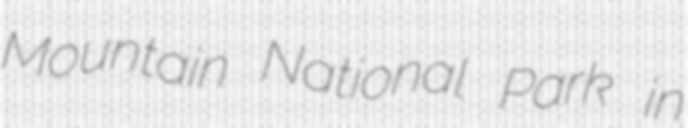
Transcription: Mountain National Park in